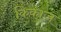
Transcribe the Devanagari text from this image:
किकाज